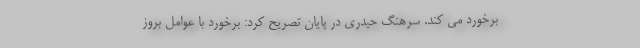
برخورد می کند. سرهنگ حیدری در پایان تصریح کرد: برخورد با عوامل بروز